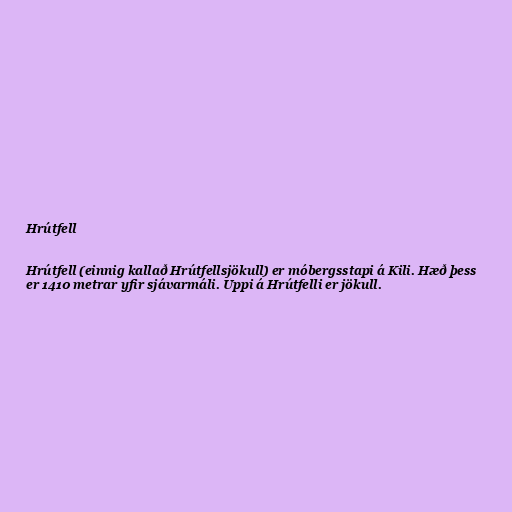
Hrútfell

Hrútfell (einnig kallað Hrútfellsjökull) er móbergsstapi á Kili. Hæð þess
er 1410 metrar yfir sjávarmáli. Uppi á Hrútfelli er jökull.